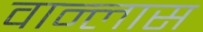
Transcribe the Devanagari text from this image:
वान्लास